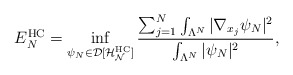
\begin{align*}E_N^\mathrm{HC}=\inf_{\psi_N\in\mathcal{D[H_N^\mathrm{HC}]}}\frac{\sum_{j=1}^N \int_{\Lambda^N}|\nabla_{x_j}\psi_N|^2}{\int_{\Lambda^N}|\psi_N|^2},\end{align*}